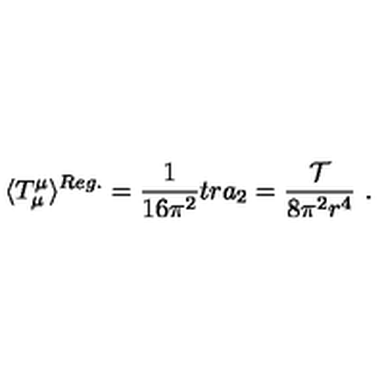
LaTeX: \langle T _ { \mu } ^ { \mu } \rangle ^ { R e g . } = \frac 1 { 1 6 \pi ^ { 2 } } t r a _ { 2 } = \frac { \cal { T } } { 8 \pi ^ { 2 } r ^ { 4 } } \ .